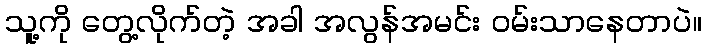
သူ့ကို တွေ့လိုက်တဲ့ အခါ အလွန်အမင်း ဝမ်းသာနေတာပဲ။